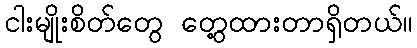
ငါးမျိုးစိတ်တွေ တွေ့ထားတာရှိတယ်။